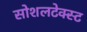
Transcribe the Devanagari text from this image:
सोशलटेक्स्ट